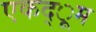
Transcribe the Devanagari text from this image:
एकद्ूम